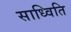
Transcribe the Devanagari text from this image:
साध्विति